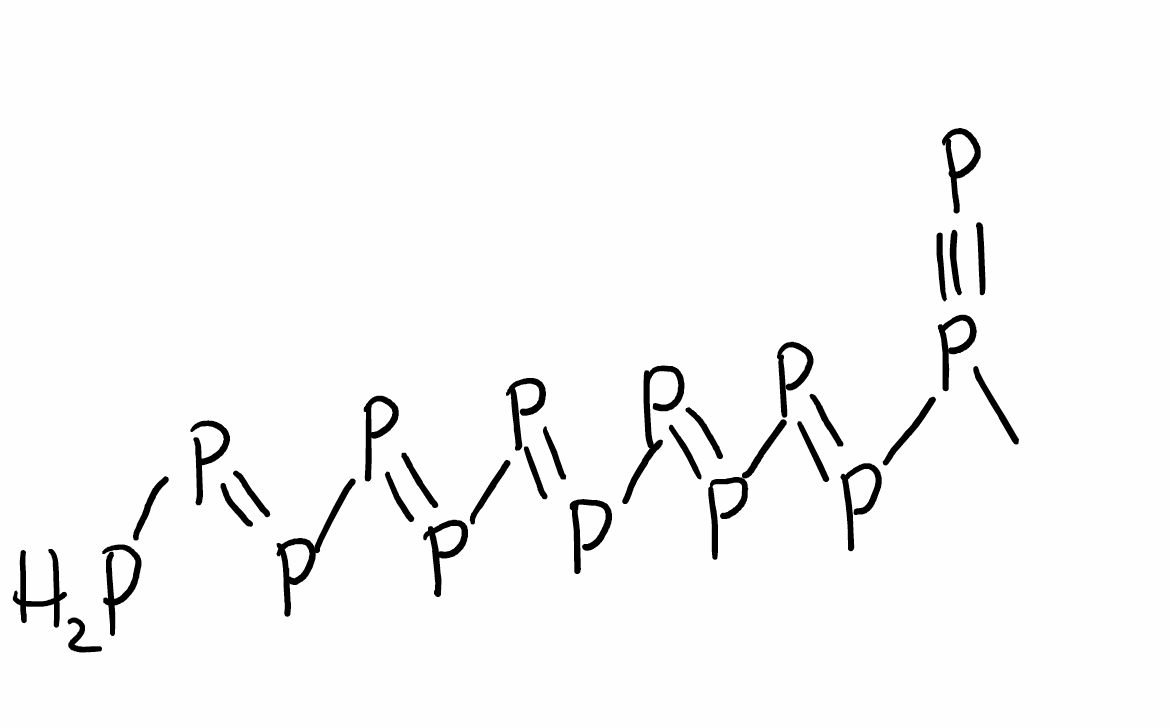
Simplified molecular-input line-entry system (SMILES) notation of the given molecule:
CP(#P)P=PP=PP=PP=PP=PP